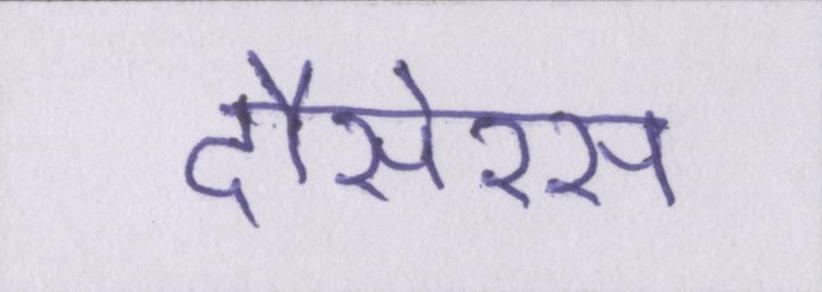
दौसेरस